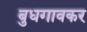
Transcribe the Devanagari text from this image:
बुधगावकर